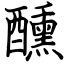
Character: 醺